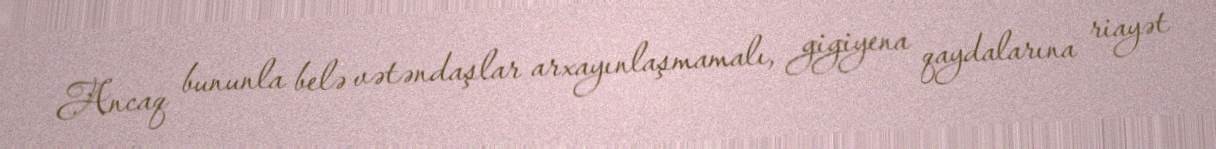
Ancaq bununla belə vətəndaşlar arxayınlaşmamalı, gigiyena qaydalarına riayət